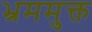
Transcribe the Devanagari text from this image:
भ्रममुक्त